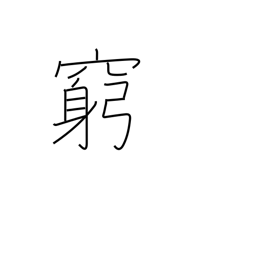
Meaning: hard up